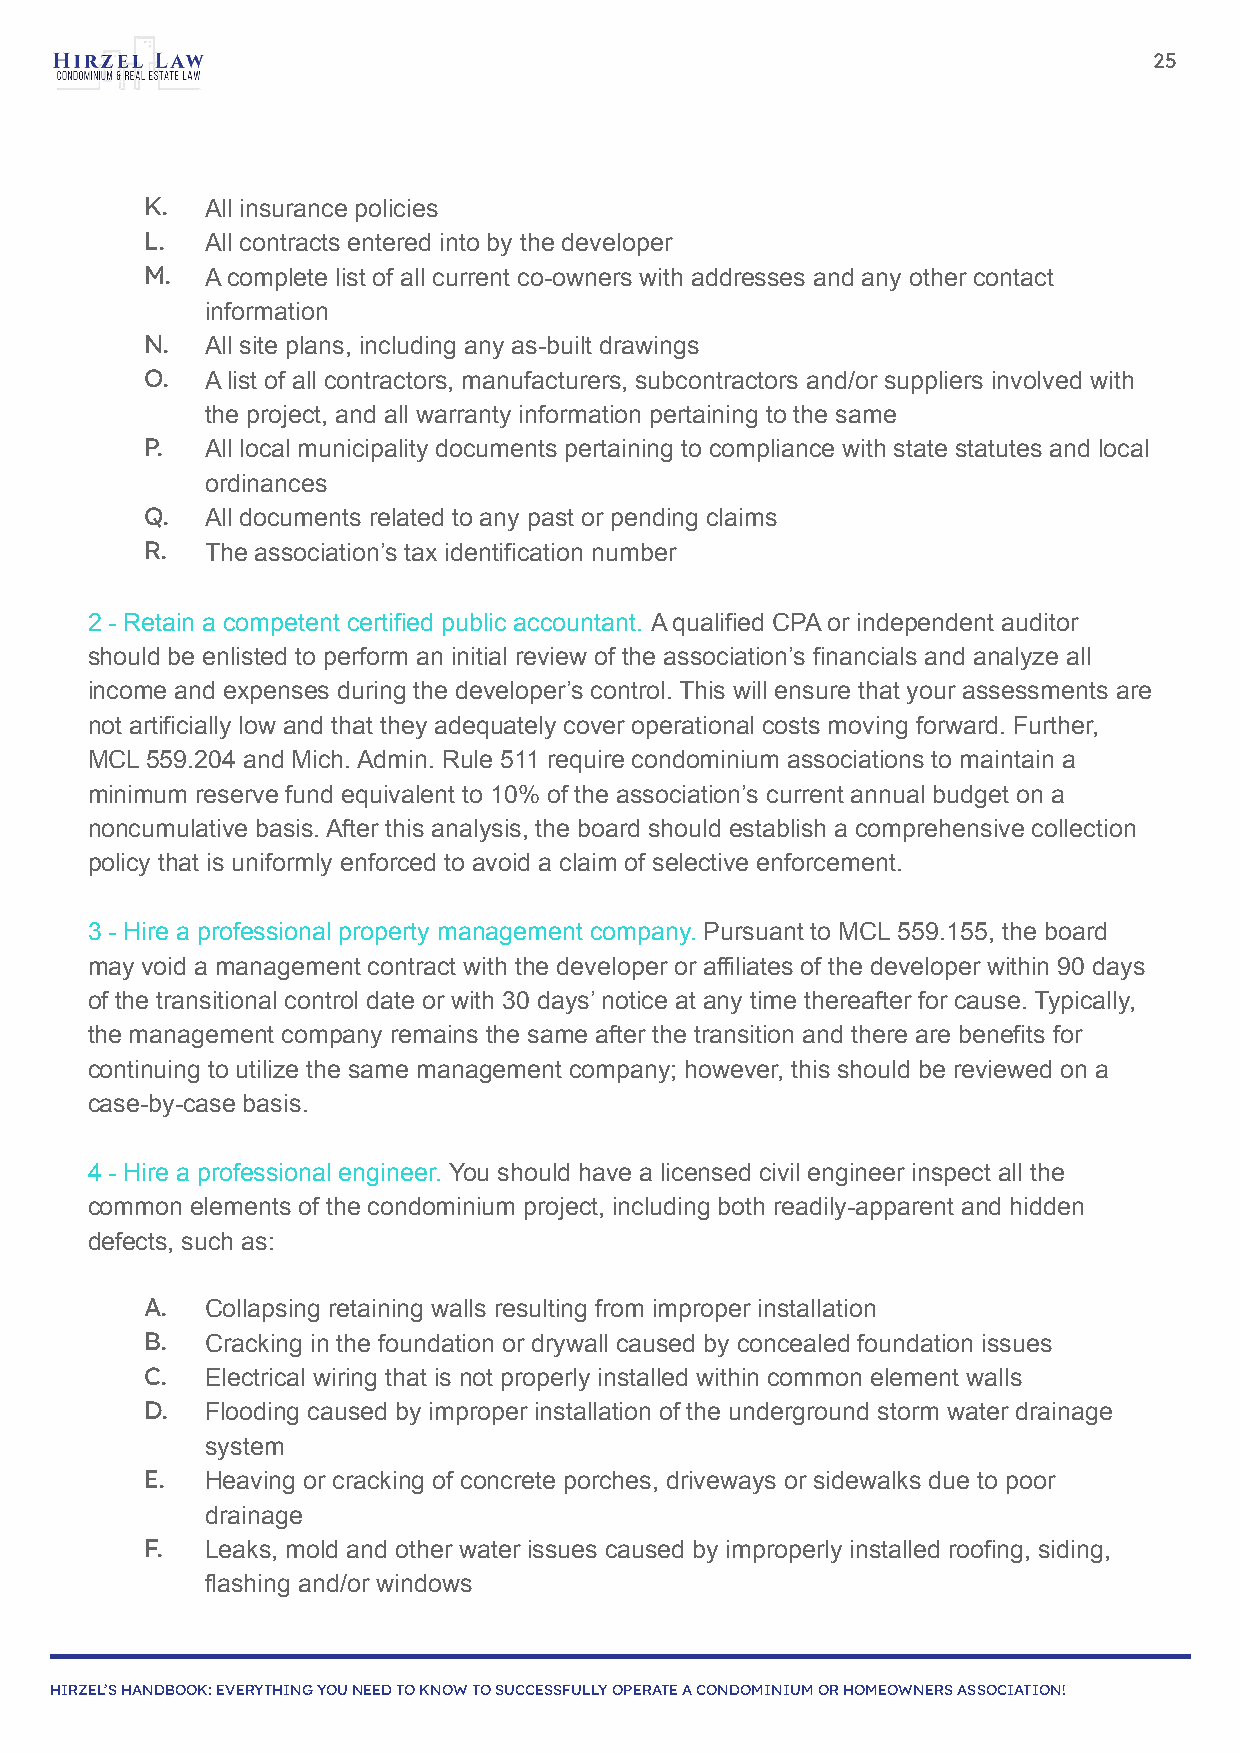
25
 K.   All insurance policies
 L.   All contracts entered into by the developer
 M.   A complete list of all current co-owners with addresses and any other contact
 information
 N.   All site plans, including any as-built drawings
 O.   A list of all contractors, manufacturers, subcontractors and/or suppliers involved with
 the project, and all warranty information pertaining to the same
 P.   All local municipality documents pertaining to compliance with state statutes and local
 ordinances
 Q.   All documents related to any past or pending claims
 R.   The association’s tax identification number
 2 - Retain a competent certified public accountant. A qualified CPA or independent auditor
 should be enlisted to perform an initial review of the association’s financials and analyze all
 income and expenses during the developer’s control. This will ensure that your assessments are
 not artificially low and that they adequately cover operational costs moving forward. Further,
 MCL 559.204 and Mich. Admin. Rule 511 require condominium associations to maintain a
 minimum reserve fund equivalent to 10% of the association’s current annual budget on a
 noncumulative basis. After this analysis, the board should establish a comprehensive collection
 policy that is uniformly enforced to avoid a claim of selective enforcement.
 3 - Hire a professional property management company. Pursuant to MCL 559.155, the board
 may void a management contract with the developer or affiliates of the developer within 90 days
 of the transitional control date or with 30 days’ notice at any time thereafter for cause. Typically,
 the management company remains the same after the transition and there are benefits for
 continuing to utilize the same management company; however, this should be reviewed on a
 case-by-case basis.
 4 - Hire a professional engineer. You should have a licensed civil engineer inspect all the
 common elements of the condominium project, including both readily-apparent and hidden
 defects, such as:
 A.   Collapsing retaining walls resulting from improper installation
 B.   Cracking in the foundation or drywall caused by concealed foundation issues
 C.   Electrical wiring that is not properly installed within common element walls
 D.   Flooding caused by improper installation of the underground storm water drainage
 system
 E.   Heaving or cracking of concrete porches, driveways or sidewalks due to poor
 drainage
 F.   Leaks, mold and other water issues caused by improperly installed roofing, siding,
 flashing and/or windows
 HIRZEL’S HANDBOOK: EVERYTHING YOU NEED TO KNOW TO SUCCESSFULLY OPERATE A CONDOMINIUM OR HOMEOWNERS ASSOCIATION!